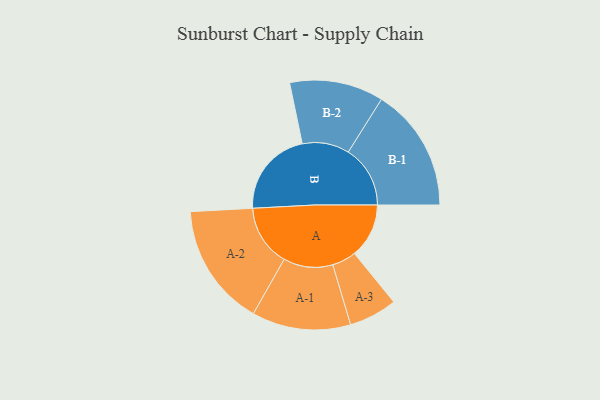
{"axis": {"x": "Segment", "y": "Value"}, "legend": ["", "A", "B"], "data": [{"x": "A", "y": 226, "type": ""}, {"x": "B", "y": 361, "type": ""}, {"x": "A-1", "y": 205, "type": "A"}, {"x": "A-2", "y": 255, "type": "A"}, {"x": "A-3", "y": 100, "type": "A"}, {"x": "B-1", "y": 257, "type": "B"}, {"x": "B-2", "y": 195, "type": "B"}]}